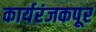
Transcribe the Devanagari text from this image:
कार्यरंजकपूर